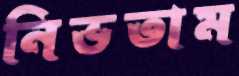
নিভতাম